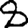
Digit: 8